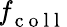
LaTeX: \textbf{\textit{f}}_{\mathrm{~c~o~l~l~}}